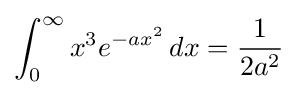
\int _{0}^{\infty }{x^{3}e^{-ax^{2}}\,dx}={\frac {1}{2a^{2}}}